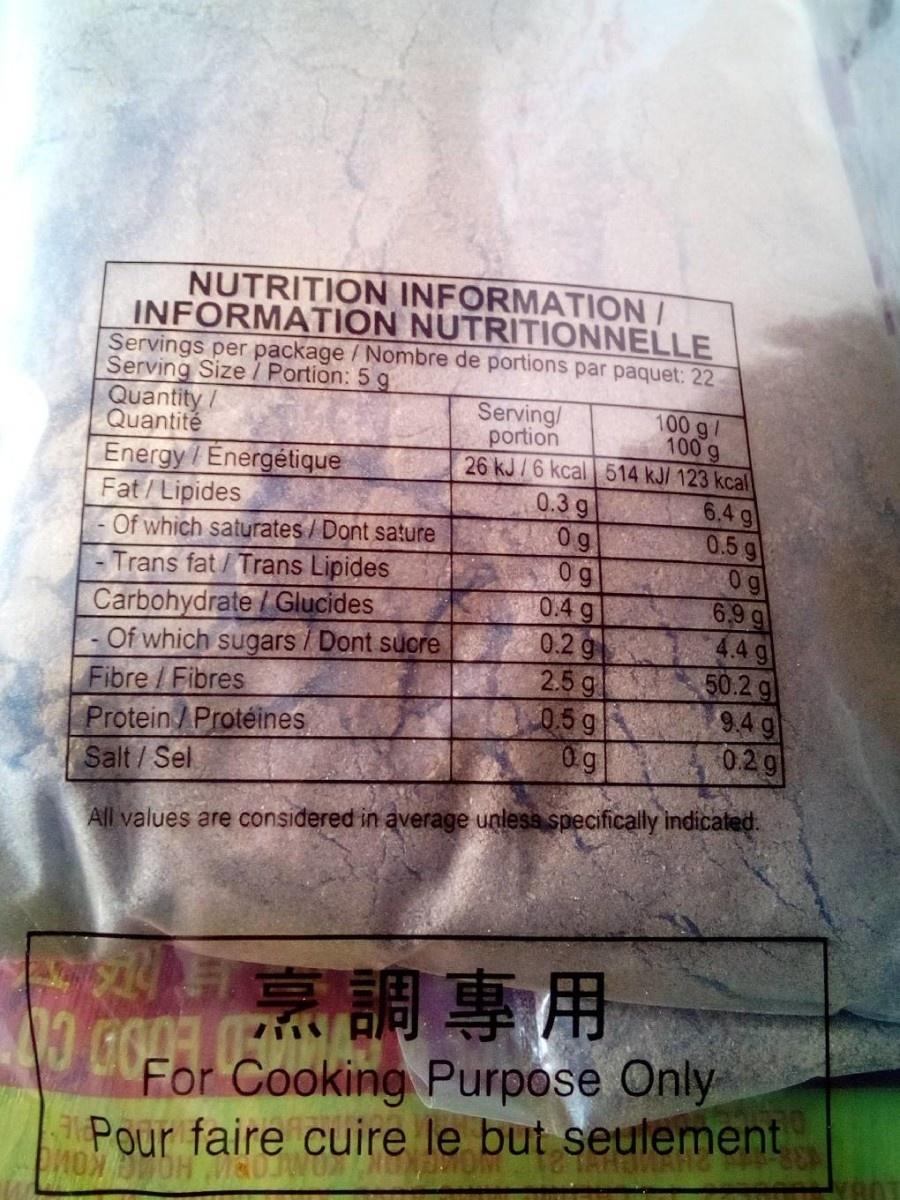
NUTRITION INFORMATION/ INFORMATION NUTRITIONNELLE Servings per package /Nombre de portions par paquet: 22 Serving Size / Portion: 5 g Quantity/ Quantité Energy /Énergétique Fat/ Lipides Of which saturates / Dont sature Trans fat / Trans Lipides Carbohydrate / Glucides - Of which sugars / Dont sucre Fibre /Fibres Protein /Protéines Salt/Sel
Serving/ portion
100 g/ 100 g 26 kJ/6 kcal 514 kJ/ 123 kcal 6.4 g 0.5 g
0.3 g 0g 0 g
0g 6,9 g 4.4 g 50.2 g 9.4g 0.2 g
0.4 g
0.2 g 2.5 g 0.5 g 0g
All values are considered in average unless specifically indicated.
調專用
For Cooking Purpose Only Pour faire cuire le but seulement
HOMG KOM